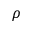
\rho